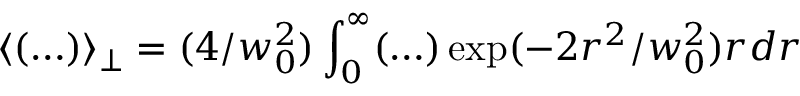
\langle ( \ldots ) \rangle _ { \perp } = ( 4 / w _ { 0 } ^ { 2 } ) \int _ { 0 } ^ { \infty } ( \ldots ) \exp ( - 2 r ^ { 2 } / w _ { 0 } ^ { 2 } ) r d r